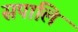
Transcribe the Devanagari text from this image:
सपालि